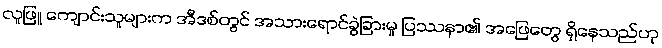
လူဖြူ ကျောင်းသူများက အီဒစ်တွင် အသားရောင်ခွဲခြားမှု ပြဿနာ၏ အဖြေတွေ ရှိနေသည်ဟု